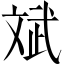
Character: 斌